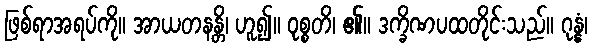
ဖြစ်ရာအရပ်ကို။ အာယတနန္တိ၊ ဟူ၍။ ဝုစ္စတိ၊ ၏။ ဒက္ခိဏပထတိုင်းသည်။ ဂုန္နံ၊